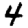
Digit: 4